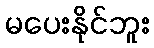
မပေးနိုင်ဘူး